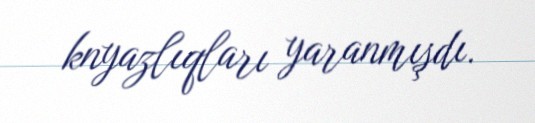
knyazlıqları yaranmışdı.